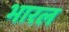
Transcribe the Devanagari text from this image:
भारल